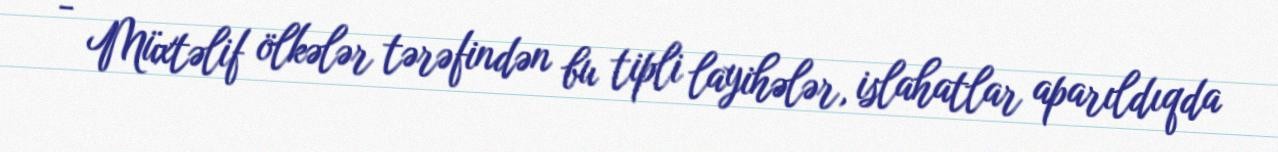
- Müxtəlif ölkələr tərəfindən bu tipli layihələr, islahatlar aparıldıqda